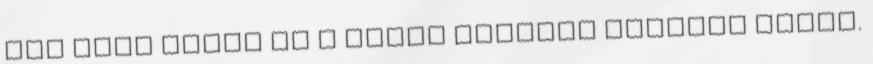
jól érzi magát és a saját értékei szerint élhet.